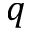
q